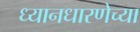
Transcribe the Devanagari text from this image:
ध्यानधारणेच्या